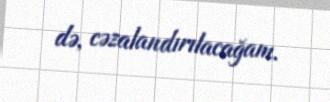
də, cəzalandırılacağam.